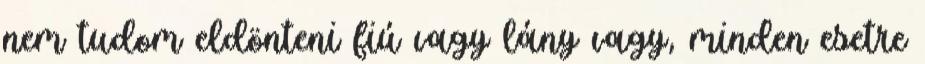
nem tudom eldönteni fiú vagy lány vagy, minden esetre